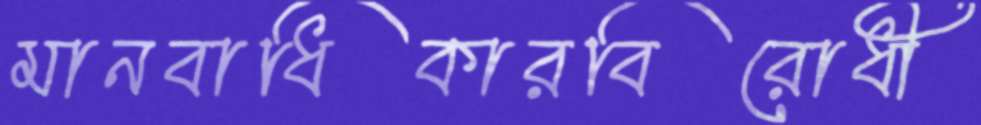
মানবাধিকারবিরোধী